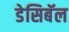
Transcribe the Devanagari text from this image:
डेसिबॅल